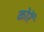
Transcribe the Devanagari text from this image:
कोरें